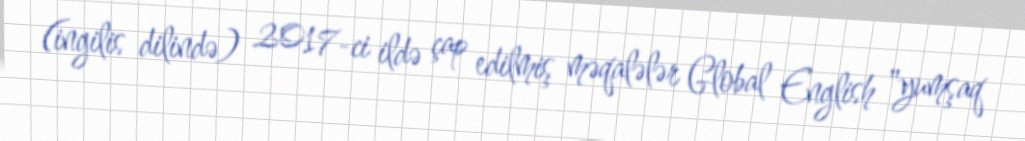
(ingilis dilində) 2017-ci ildə çap edilmiş məqalələr Global English "yumşaq